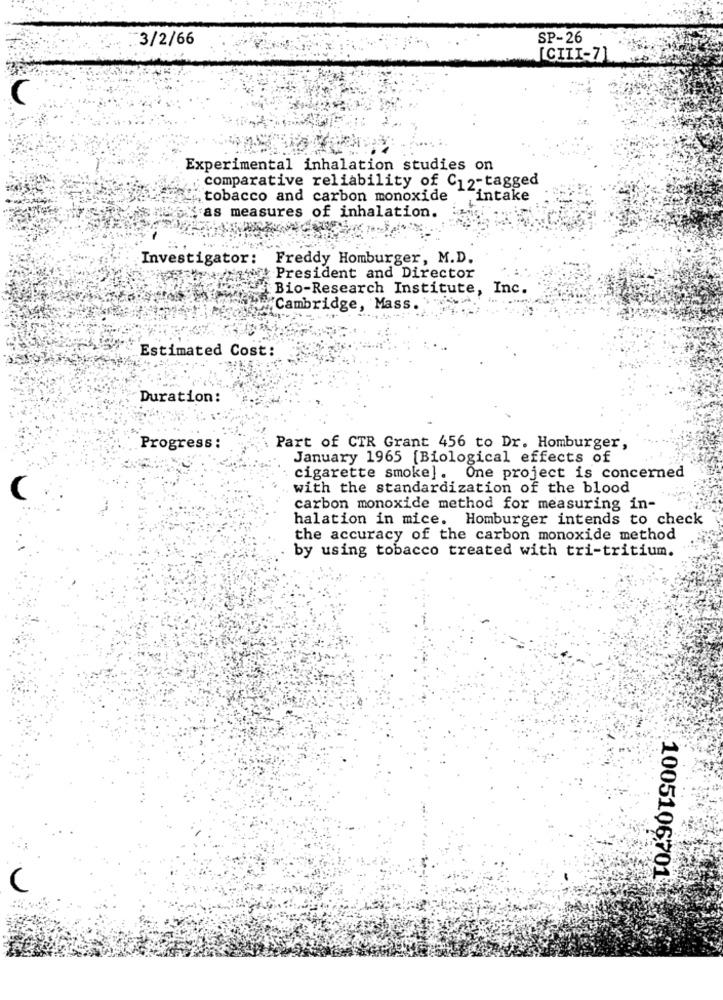
:3/2/66
SP-26
[CIII-7]
Experimental inhalation studies on
comparative reliability of C12-tagged
tobacco and carbon monoxide
intake
"as measures of inhalation.
Investigator:
Freddy Homburger, M.D.
President and Director
Bio-Research Institute,
Inc.
"Cambridge, Mass.
Estimated Cost:
Duration:
Progress :
Part of CTR Grant 456 to Dr. Homburger,
January 1965 [Biological effects of
cigarette smoke]. One project is concerned
with the standardization of the blood
carbon monoxide method for measuring in-
halation in mice. Homburger intends to check
the accuracy of the carbon monoxide method
by using tobacco treated with tri-tritium.
1005106701
C